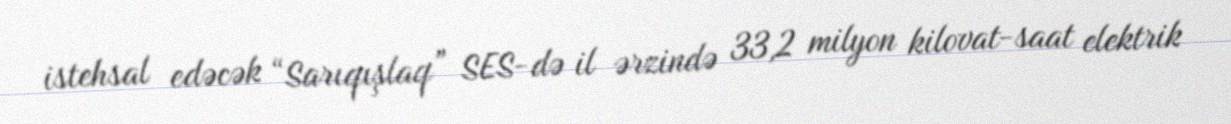
istehsal edəcək “Sarıqışlaq” SES-də il ərzində 33,2 milyon kilovat-saat elektrik